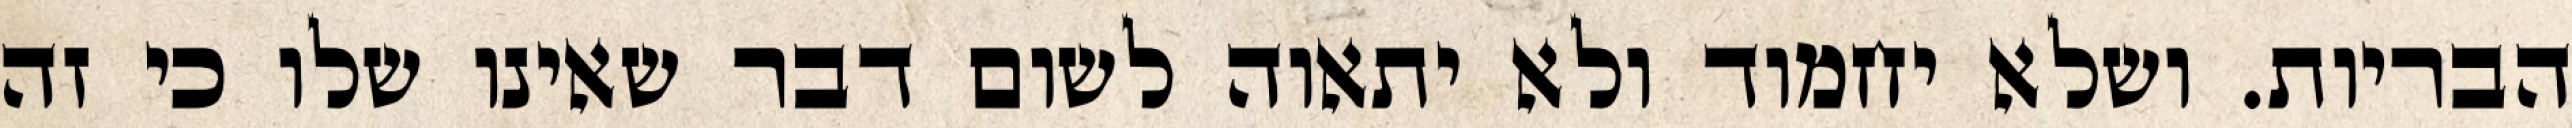
הבריות. ושלא יחמוד ולא יתאוה לשום דבר שאינו שלו כי זה